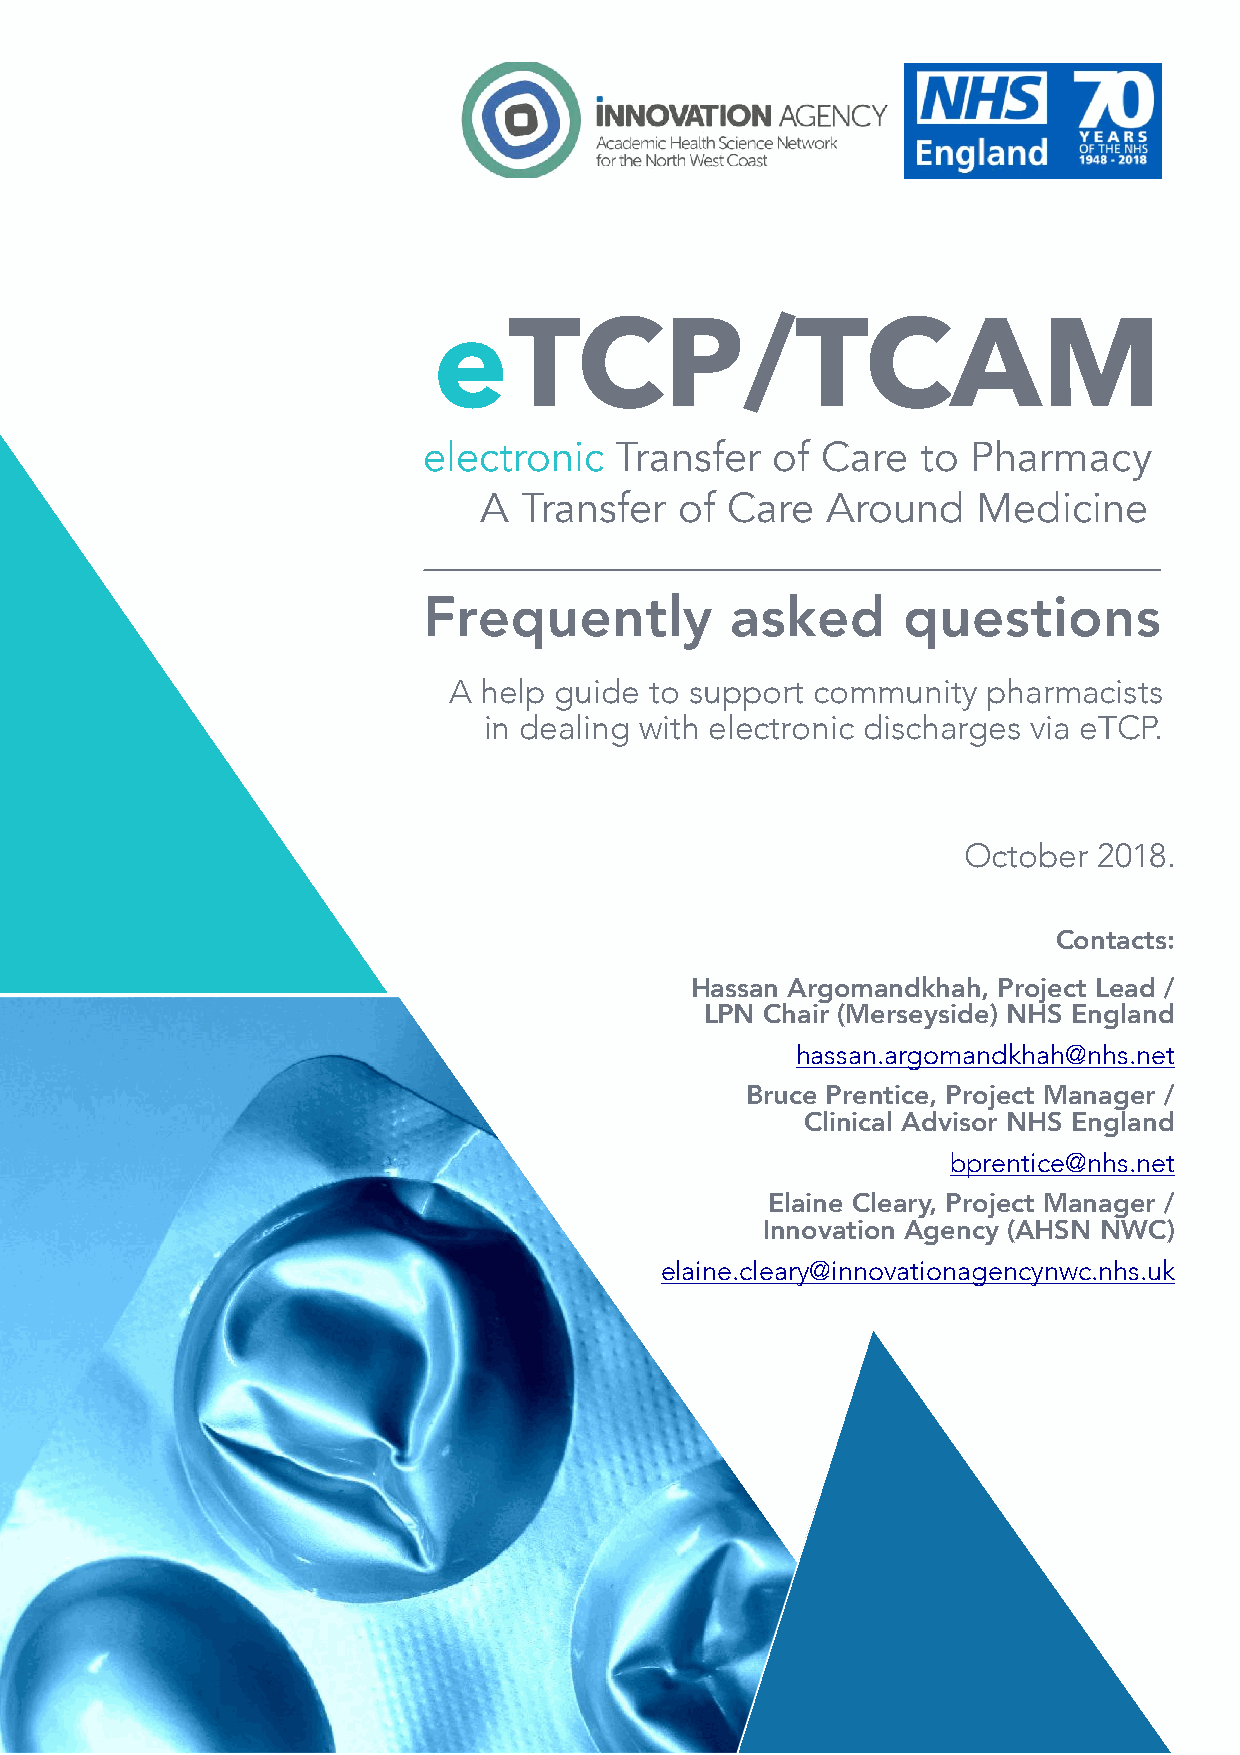
eTCP/TCAM
 electronic   Transfer  of Care   to Pharmacy
 A  Transfer  of Care   Around    Medicine
 Frequently          asked       questions
 A help guide to support community  pharmacists
 in dealing with electronic discharges via eTCP.
 October  2018.
 Contacts:
 Hassan Argomandkhah, Project Lead /
 LPN Chair (Merseyside) NHS England
 hassan.argomandkhah@nhs.net
 Bruce Prentice, Project Manager /
 Clinical Advisor NHS England
 bprentice@nhs.net
 Elaine Cleary, Project Manager /
 Innovation Agency (AHSN NWC)
 elaine.cleary@innovationagencynwc.nhs.uk